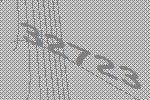
32723